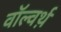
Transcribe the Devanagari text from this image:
वॉल्वर्थ़